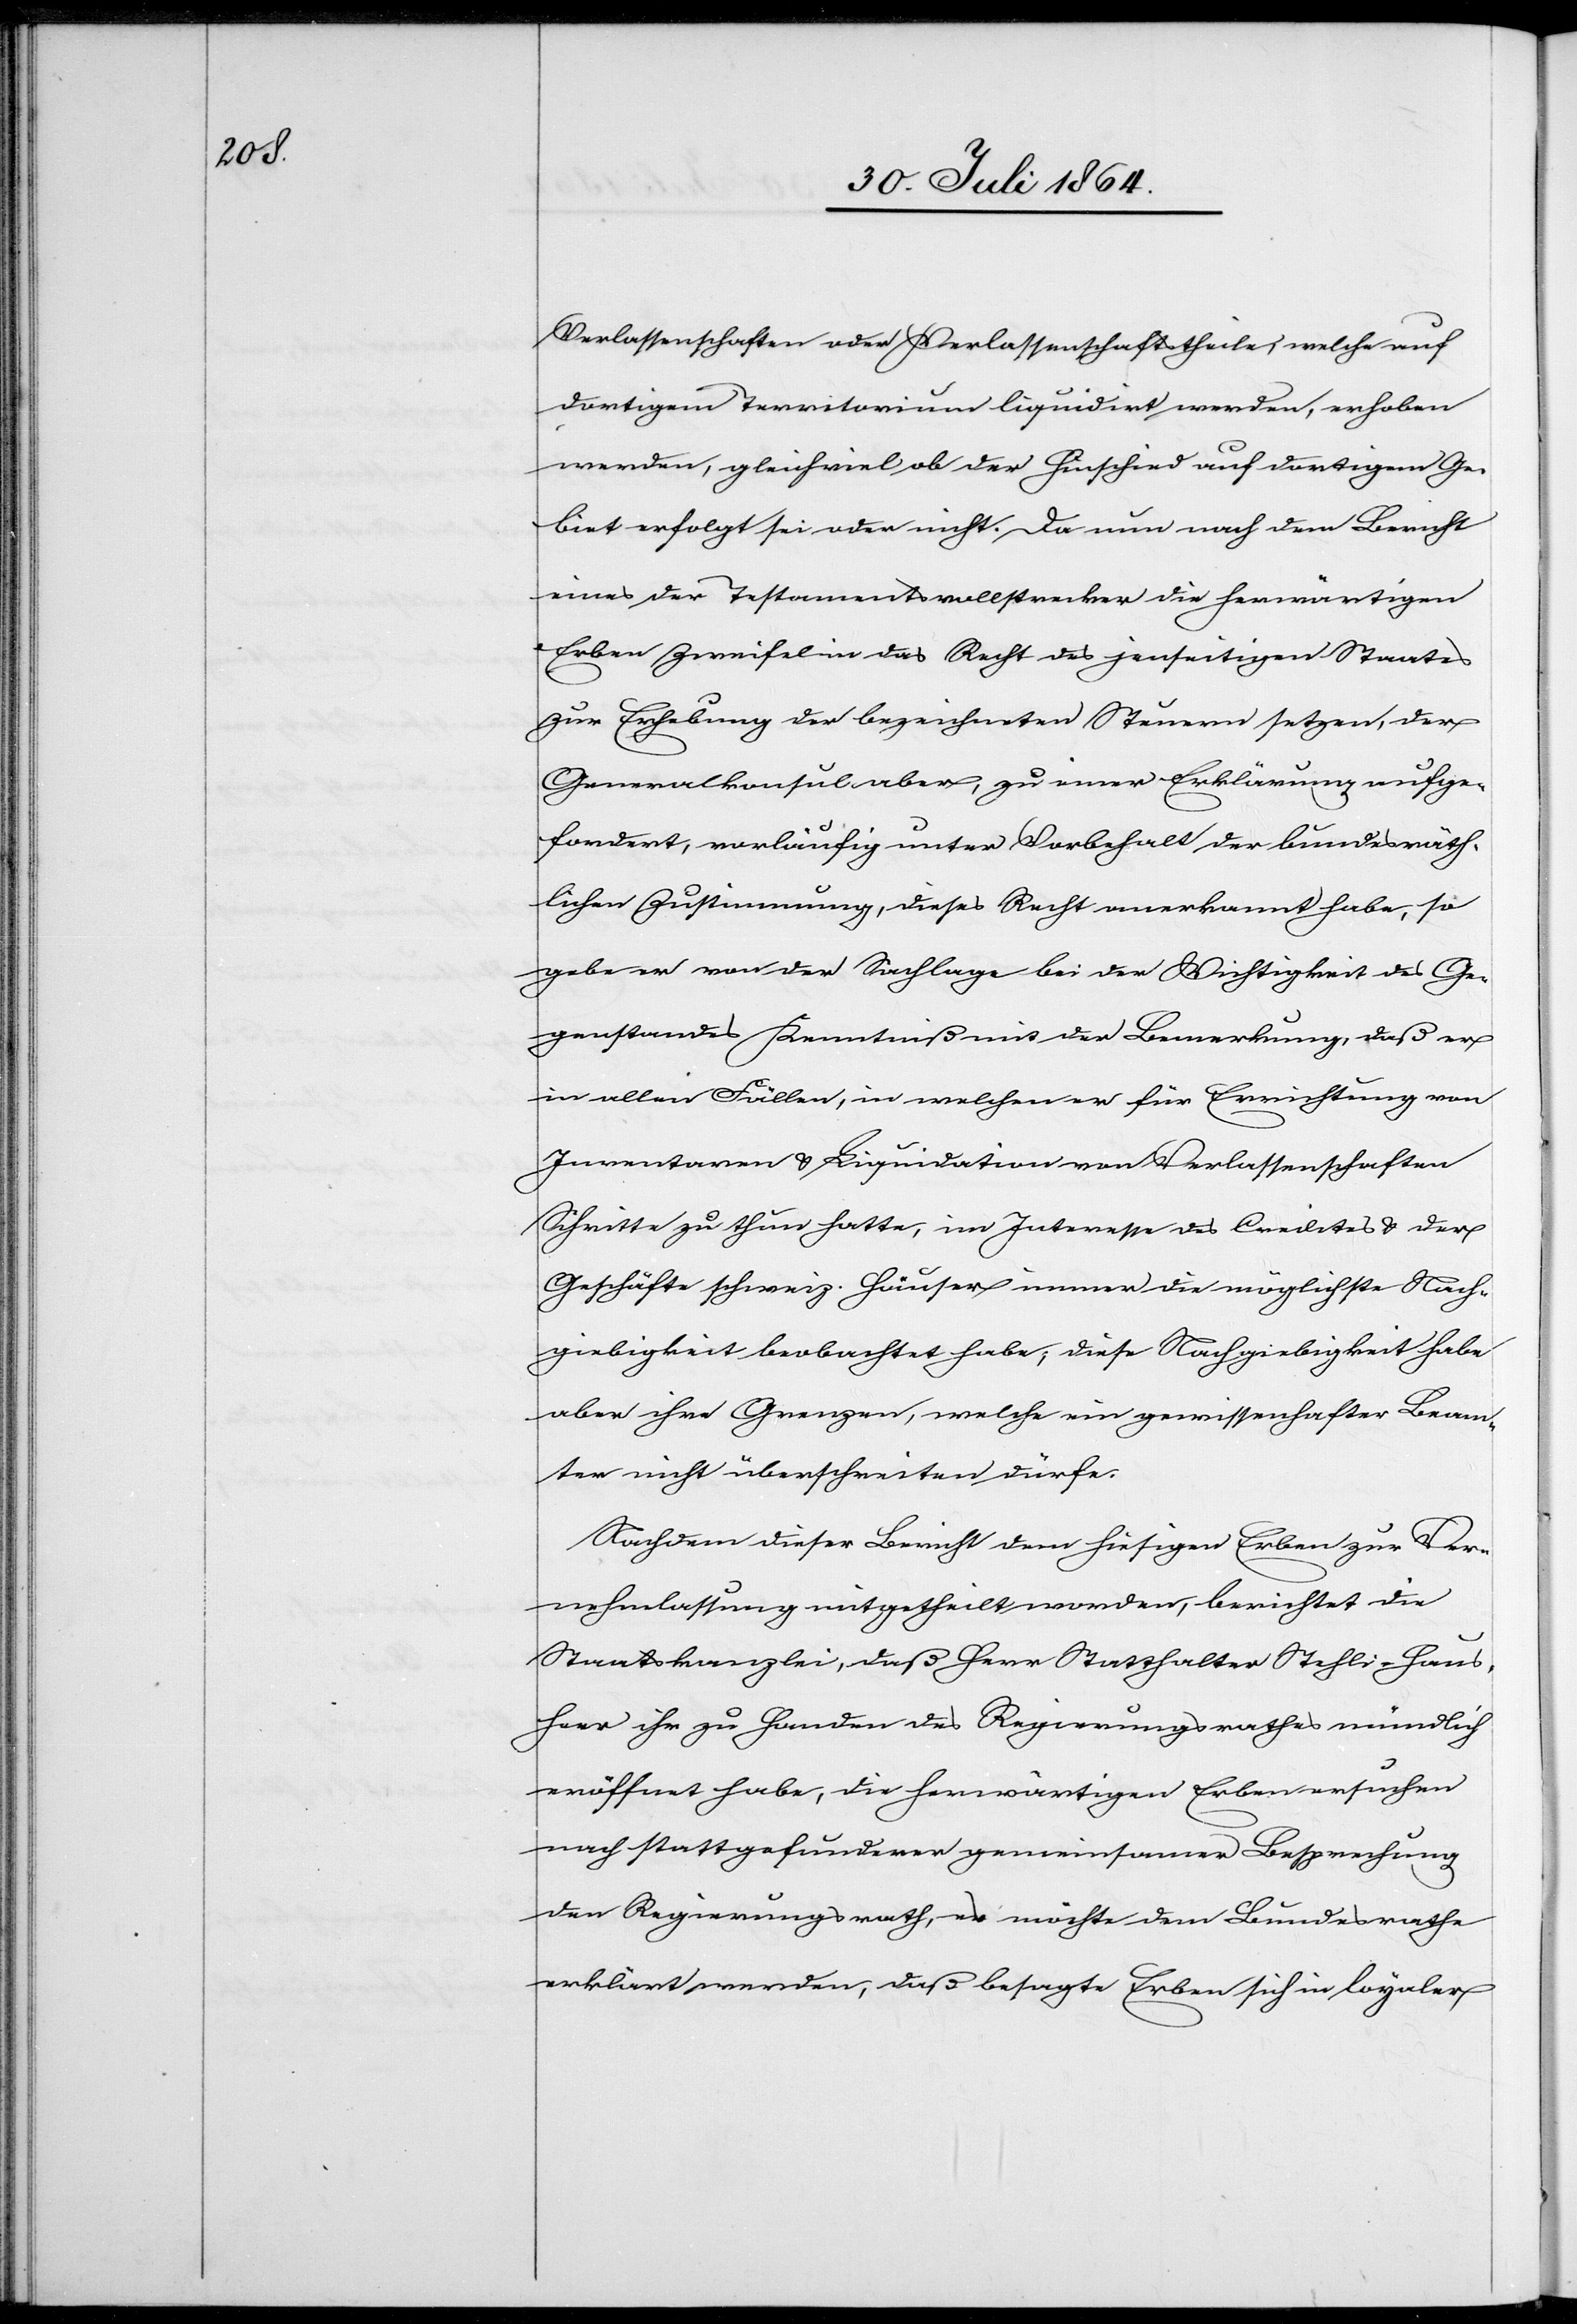
Verlassenschaften oder Verlassenschaftstheile, welche auf
dortigem Territorium liquidirt werden, erhoben
werden, gleichviel ob der Hinschied auf dortigem Ge¬
biet erfolgt sei oder nicht. Da nun nach dem Bericht
eines der Testamentsvollstrecker die herwärtigen
Erben Zweifel in das Recht des jenseitigen Staates
zur Erhebung der bezeichneten Steuer setzen, der
Generalkonsul aber, zu einer Erklärung aufge¬
fordert, vorläufig unter Vorbehalt der bundesräth¬
lichen Zustimmung, dieses Recht anerkannt habe, so
gebe er von der Sachlage bei der Wichtigkeit des Ge¬
genstandes Kenntniß mit der Bemerkung, daß er
in allen Fällen, in welchen er für Errichtung von
Inventaren & Liquidation von Verlassenschaften
Schritte zu thun hatte, im Interesse des Credites & der
Geschäfte schweiz. Häuser immer die möglichste Nach¬
giebigkeit beobachtet habe; diese Nachgiebigkeit habe
aber ihre Grenzen, welche ein gewissenhafter Beam¬
ter nicht überschreiten dürfe.
Nachdem dieser Bericht den hiesigen Erben zur Ver¬
nehmlassung mitgetheilt worden, berichtet die
Staatskanzlei, daß Herr Statthalter Stehli-Haus¬
herr ihr zu Handen des Regierungsrathes nämlich
eröffnet habe, die herwärtigen Erben ersuchen
nach stattgefundener gemeinsamer Besprechung
den Regierungsrath, er [sic!] möchte dem Bundesrathe
erklärt werden, daß besagte Erben sich loyaler